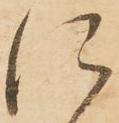
に